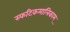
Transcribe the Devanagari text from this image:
स्फटिकमालिकाम्